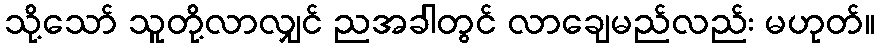
သို့သော် သူတို့လာလျှင် ညအခါတွင် လာချေမည်လည်း မဟုတ်။